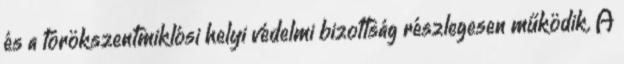
és a törökszentmiklósi helyi védelmi bizottság részlegesen működik. A